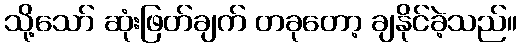
သို့သော် ဆုံးဖြတ်ချက် တခုတော့ ချနိုင်ခဲ့သည်။